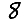
Digit: 8